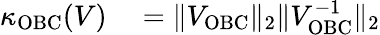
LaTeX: \begin{array}{rl}{\kappa_{\mathrm{OBC}}(V)}&{{}=\| V_{\mathrm{OBC}}\| _{2}\| V_{\mathrm{OBC}}^{-1}\| _{2}}\end{array}